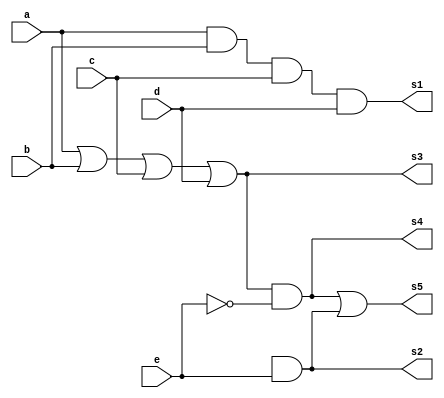

 // ------------------------- 
// Exemplo0032 - F4 
// Nome: Lucas Siqueira Chagas 
// ------------------------- 
// ------------------------- 
// f4_gate 
// ------------------------- 
module f4 (
output s1,
output s2, 
output s3,
output s4, 
output s5,
input a, 
input b,
input c,
input d,
input e
); 

and AND1(s1,a,b,c,d);
and AND2(s2,S1,e);
or or1(s3,a,b,c,d);
and and3(s4,s3,~e);
or or2 (s5, s4, s2);

endmodule // f4 
module test_f4; 
// ------------------------- definir dados 
reg  x; 
reg y;
reg  x1; 
reg y1;  
reg c; 
wire z1;
wire z2;
wire z3;
wire z4;
wire z5;
f4 modulo (z1,z2,z3,z4,z5, x, y, x1, y1, c); 
// ------------------------- parte principal 
initial begin 
$display("Exemplo0032 - Lucas Siqueira Chagas - 380783"); 
$display("Test LU's module"); 

end 
endmodule // test_f4